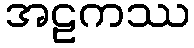
အဠကဿ